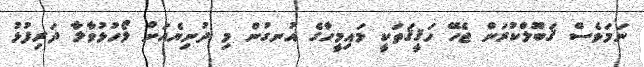
ނަމަވެސް ޤަބޫލްކުރަން ޖެހޭ ހަޤީޤަތަކީ މައިމީހާގެ އުނގުން މި ދުނިޔެއަށް ލޯހުޅުވާލާ ދަރިފުޅު